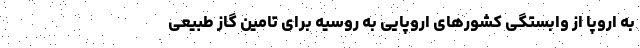
به اروپا از وابستگی کشورهای اروپایی به روسیه برای تامین گاز طبیعی